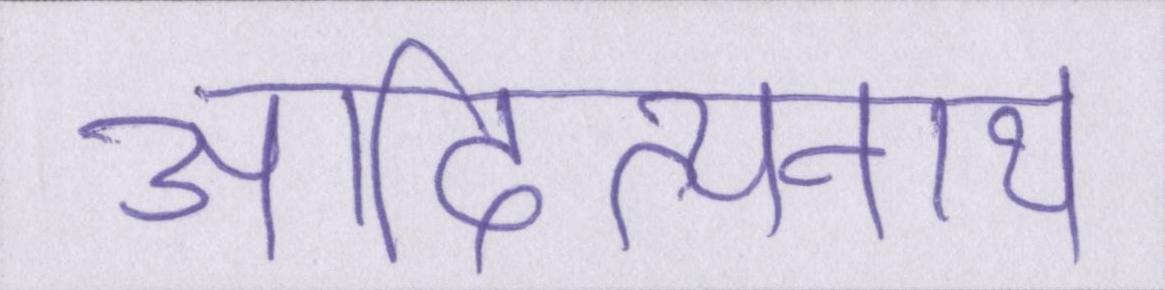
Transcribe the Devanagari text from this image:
आदित्यनाथ